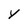
Character: Y